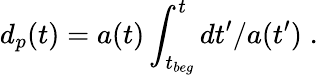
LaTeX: d_{p}(t)=a(t)\int_{t_{beg}}^{t}dt^{\prime}/a(t^{\prime})\; .